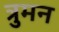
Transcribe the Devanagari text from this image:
त्रुमन